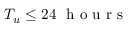
T _ { u } \le 2 4 \ \mathrm { ~ h ~ o ~ u ~ r ~ s ~ }